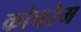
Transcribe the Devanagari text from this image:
कोचरेम